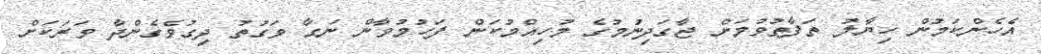
އެހެންކަމުން ހިޔާލު ތަފާތުވުމަށް ޖާގަދިނުމުގެ މުހިއްމުކަން ފަހުމުވާން ނަގާ ވަގުތު ދިގުވެގެންދާ ވަރަކަށް